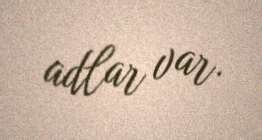
adlar var.